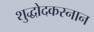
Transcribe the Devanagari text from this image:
शुद्धोदकस्नान